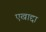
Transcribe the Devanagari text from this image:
एखाद्दा